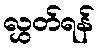
လွှတ်ရန်